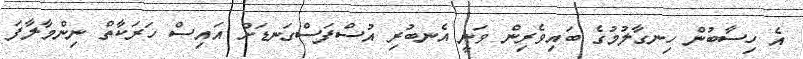
އެ ހިސާބުން ހިނގާލުމުގެ ބައިވެރިން ވަނީ އެނބުރި އުސްފަސްގަނޑަށް އައިސް ހަރަކާތް ނިންމާލާފަ